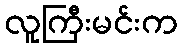
လူကြီးမင်းက